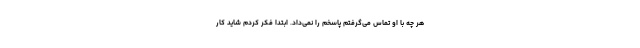
هر چه با او تماس می‌گرفتم پاسخم را نمی‌داد. ابتدا فکر کردم شاید کار